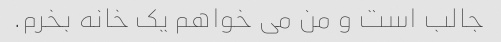
جالب است و من می خواهم یک خانه بخرم.